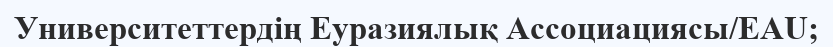
Университеттердің Еуразиялық Ассоциациясы/EAU;